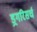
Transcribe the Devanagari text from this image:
ड्रगरिसर्च